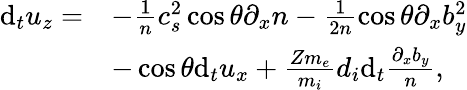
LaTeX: \begin{array}{rl}{\mathrm{d}_{t}u_{z}=}&{-\frac{1}{n}c_{s}^{2}\cos\theta\partial_{x}n-\frac{1}{2n}\cos\theta\partial_{x}b_{y}^{2}}\\ &{-\cos\theta\mathrm{d}_{t}u_{x}+\frac{Zm_{e}}{m_{i}}d_{i}\mathrm{d}_{t}\frac{\partial_{x}b_{y}}{n},}\end{array}